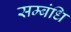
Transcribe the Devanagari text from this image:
सम्बंधि